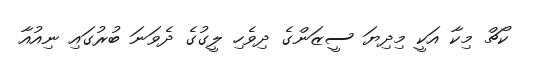
ކޯޗް މިކާ އަކީ މިދިޔަ ސީޒަންގެ ދިވެހި ލީގުގެ ދެވަނަ ބުރުގައި ނިއުއާ